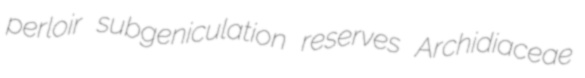
perloir subgeniculation reserves Archidiaceae